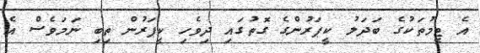
އެ ޓީމުތަކުގެ ބަދަލު ކީޕަރުންގެ ގޮތުގައި ދިވެހި ކީޕަރުން ތިބި ނަމަވެސް އެ